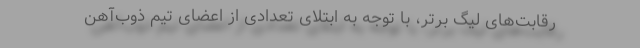
رقابت‌های لیگ برتر، با توجه به ابتلای تعدادی از اعضای تیم ذوب‌آهن